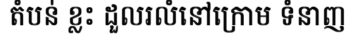
តំបន់ ខ្លះ ដួលរលំនៅក្រោម ទំនាញ